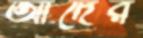
আদের